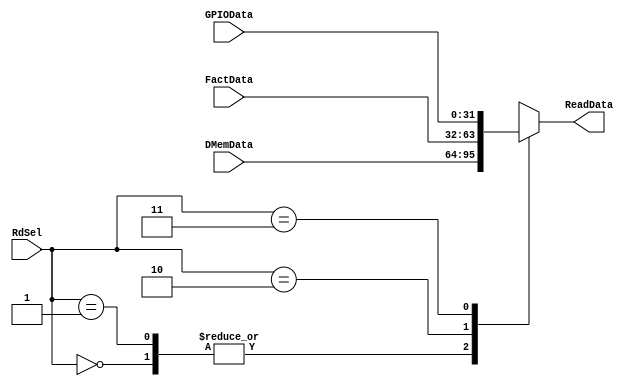
`timescale 1ns / 1ps
//////////////////////////////////////////////////////////////////////////////////
// Company: 
// Engineer: 
// 
// Design Name: 
// Module Name: SoC_mux4
// Project Name: 
// Target Devices: 
// Tool Versions: 
// Description: 
// 
// Dependencies: 
// 
// Revision:
// Revision 0.01 - File Created
// Additional Comments:
// 
//////////////////////////////////////////////////////////////////////////////////


module SoC_mux4(
        input   wire    [31:0]  DMemData, FactData, GPIOData,
        input   wire    [1:0]   RdSel,
        output  reg     [31:0]  ReadData     
    );
    
    always @ (*) begin
        case (RdSel)
            2'b00: ReadData = DMemData;
            2'b01: ReadData = DMemData;
            2'b10: ReadData = FactData;
            2'b11: ReadData = GPIOData;
            default: ReadData = {31{1'bx}};
        endcase
    end
endmodule